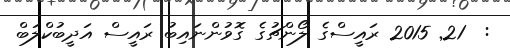
:  21